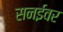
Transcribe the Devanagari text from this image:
सनईवर